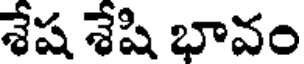
శేష శేషి భావం